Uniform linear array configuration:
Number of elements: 12
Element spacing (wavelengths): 0.25
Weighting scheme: exponential
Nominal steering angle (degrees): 45
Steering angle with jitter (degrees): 44.554
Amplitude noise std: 0.05
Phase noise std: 0.05

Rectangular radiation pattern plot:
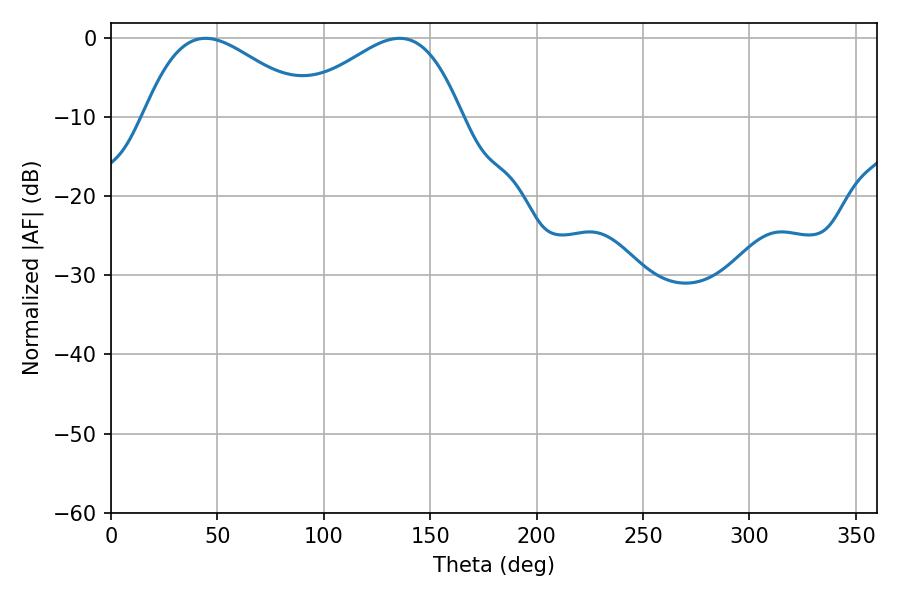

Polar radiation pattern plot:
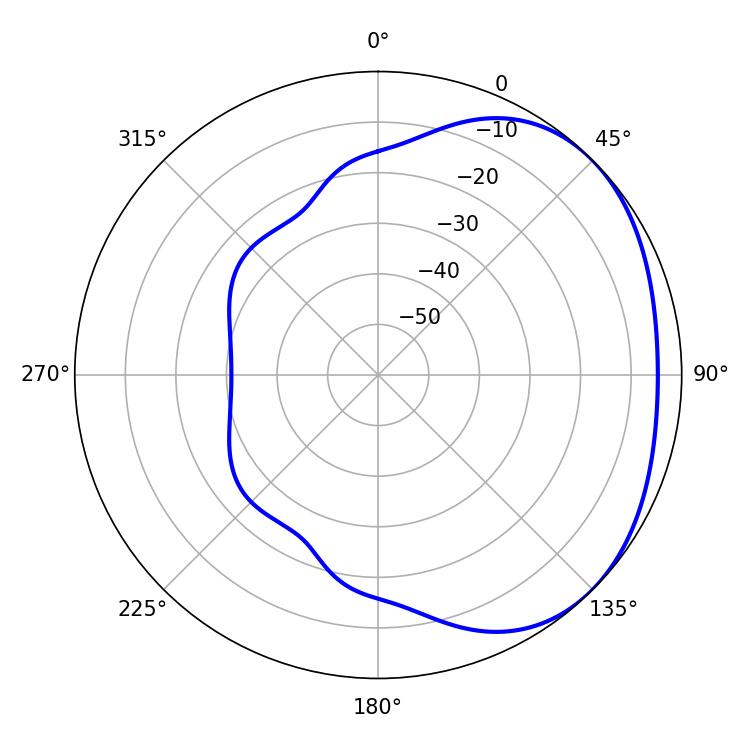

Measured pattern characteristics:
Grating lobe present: FALSE
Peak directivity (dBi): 2.334
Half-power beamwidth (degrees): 42.3
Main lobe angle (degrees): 44.46